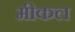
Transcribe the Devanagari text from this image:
मीकल